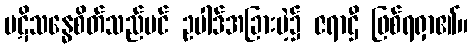
ပဋိသန္ဓေစိတ်သည်ပင် ဥပါဒ်အခြားမဲ့၌ ဇရာဌီ ဖြစ်ရရှာ၏။